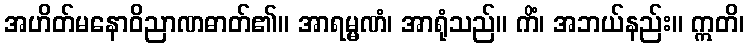
အဟိတ်မနောဝိညာဏဓာတ်၏။ အာရမ္မဏံ၊ အာရုံသည်။ ကိံ၊ အဘယ်နည်း။ ဣတိ၊